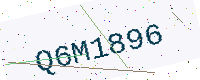
Text: Q6M1896